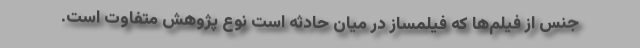
جنس از فیلم‌ها که فیلمساز در میان حادثه است نوع پژوهش متفاوت است.